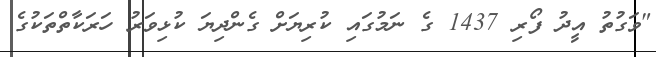
"ވަގުތު އީދު ފޯރި 1437 ގެ ނަމުގައި ކުރިޔަށް ގެންދިޔަ ކުޅިވަރު ހަރަކާތްތަކުގެ